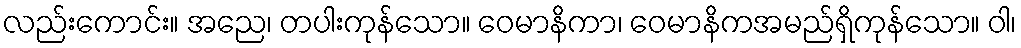
လည်းကောင်း။ အညေ၊ တပါးကုန်သော။ ဝေမာနိကာ၊ ဝေမာနိကအမည်ရှိကုန်သော။ ဝါ၊